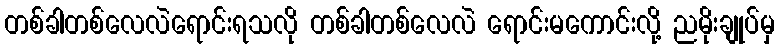
တစ်ခါတစ်လေလဲရောင်းရသလို တစ်ခါတစ်လေလဲ ရောင်းမကောင်းလို့ ညမိုးချုပ်မှ